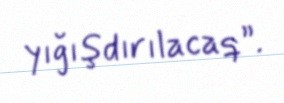
yığışdırılacaq”.